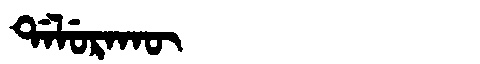
Manchu: ᡩᠠᠯᡠᡵᠠᡴᡡ
Romanization: DALURAKŪ